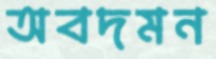
অবদমন